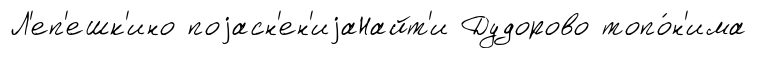
Л'еп'ешк'ино поjасн'ен'иjаНайт'и Дудорово топо́н'има